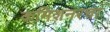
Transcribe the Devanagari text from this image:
कमिशनरचा